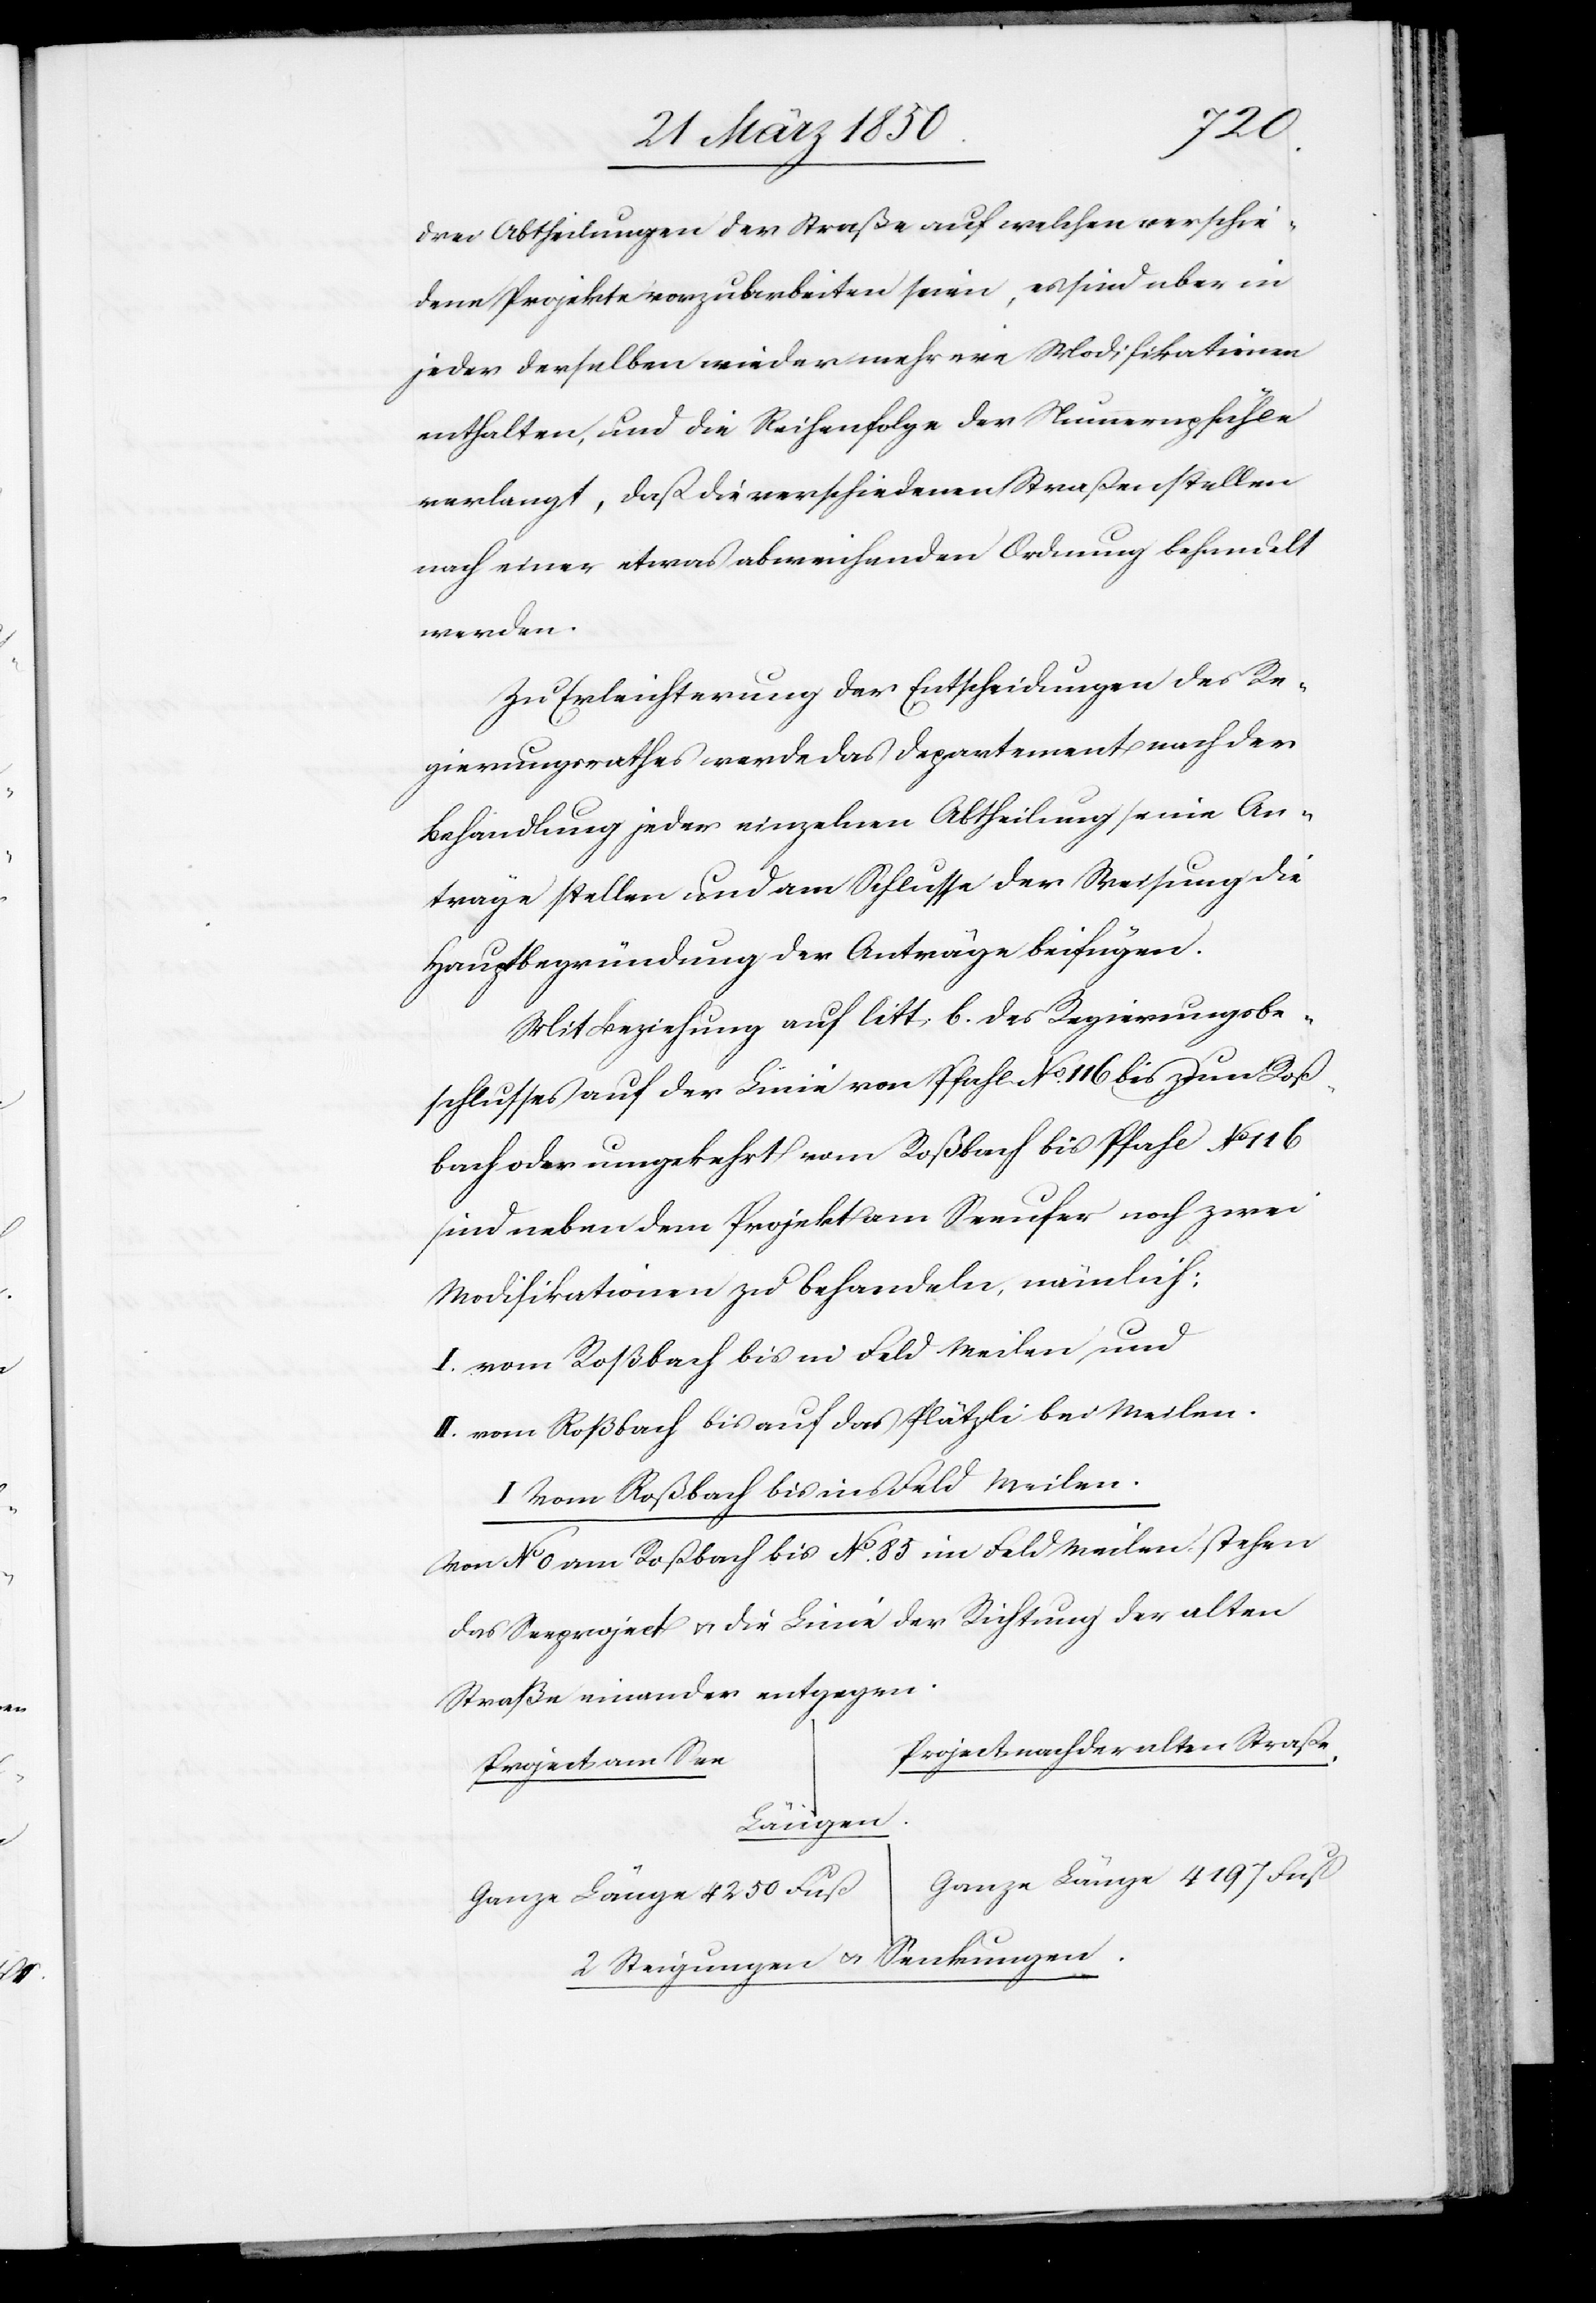
Fuß
drei Abtheilungen der Straße auf welchen verschie¬
dene Projekte vorzu[?a]rbeiten seien, es sind aber in
jeder derselben wieder mehrere Modifikationen
enthalten, und die Reihenfolge der Nummernpfähle
verlangt, daß die verschiedenen Straßenstellen
nach einer etwas abweichenden Ordnung behandelt
werden.
Zu Erleichterung der Entscheidungen des Re¬
gierungsrathes werde das Departement nach der
Behandlung jeder einzelnen Abtheilung seine An¬
träge stellen und am Schlusse der Weisung die
Hauptbegründung der Anträge beifügen.
Mit Beziehung auf litt. b. des Regierungsbe¬
schlusses auf der Linie von Pfahl No. 116 bis zum Roß¬
bach oder umgekehrt vom Roßbach bis Pfahl No 116
sind neben dem Projekt am Seeufer noch zwei
Modifikationen zu behandeln, nämlich:
I. vom Roßbach bis in Feld Meilen, und
II. vom Roßbach bis auf das Plätzli bei Meilen.
I Vom Roßbach bis ins Feld Meilen.
Von No 0 am Roßbach bis No. 85 im Feld Meilen stehen
das Seeproject u. die Linie der Richtung der alten
Straße einander entgegen.
Project nach der alten Straße
Project am See
Längen.
2 Steigungen u. Senkungen.